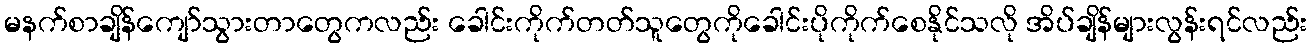
မနက်စာချိန်ကျော်သွားတာတွေကလည်း ခေါင်းကိုက်တတ်သူတွေကိုခေါင်းပိုကိုက်စေနိုင်သလို အိပ်ချိန်များလွန်းရင်လည်း